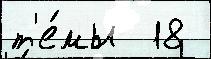
т'е́мы  18